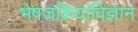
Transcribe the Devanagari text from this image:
भेषजक्रियाविज्ञान